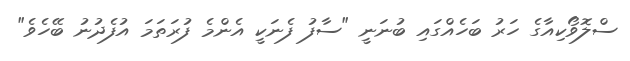
ސްލޮވޯކިއާގެ ހަރު ބަހެއްގައި ބުނަނީ "ސާފު ފެނަކީ އެެންމެ ފުރަތަމަ އުފެދުނު ބޭހެވެ"